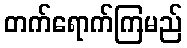
တက်ရောက်ကြမည်